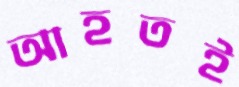
আহতই